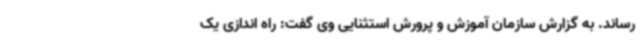
رساند. به گزارش سازمان آموزش و پرورش استثنایی وی گفت: راه اندازی یک